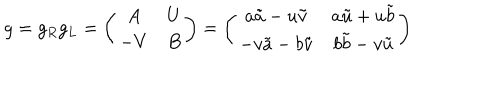
LaTeX: g = g _ { R } g _ { L } = \left( \begin{array} { c c } { { A } } & { { U } } \\ { { - V } } & { { B } } \\ \end{array} \right) = \left( \begin{array} { c c } { { a \tilde { a } - u \tilde { v } } } & { { a \tilde { u } + u \tilde { b } } } \\ { { - v \tilde { a } - b \tilde { v } } } & { { b \tilde { b } - v \tilde { u } } } \\ \end{array} \right)